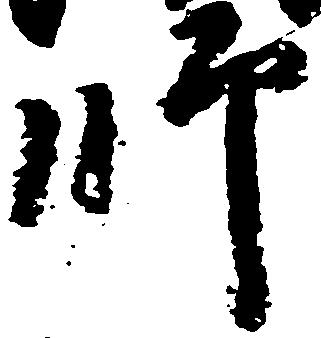
師